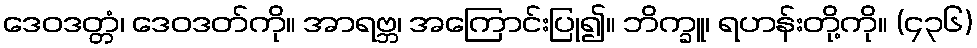
ဒေဝဒတ္တံ၊ ဒေဝဒတ်ကို။ အာရဗ္ဘ၊ အကြောင်းပြု၍။ ဘိက္ခူ၊ ရဟန်းတို့ကို။ (၄၃၆)